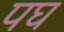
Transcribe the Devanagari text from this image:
पघ